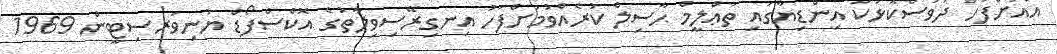
އެއަށްފަހު ދުވަސްކޮޅަކު އިންޑިޔާގައި ތަޢްލީމް ޙާސިލް ކުރެއްވުމަށްފަހު އިނގިރޭސިވިލާތުގެ އޮކްސްފޯޑް ޔުނިވަރސިޓީން 1969